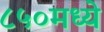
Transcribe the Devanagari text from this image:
८५०मध्ये